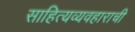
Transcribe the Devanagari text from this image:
साहित्यव्यवहाराची